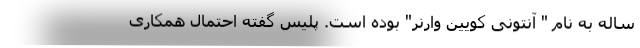
ساله به نام " آنتونی کویین وارنر" بوده است. پلیس گفته احتمال همکاری